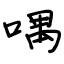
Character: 喁